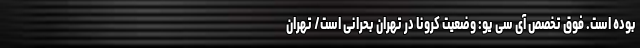
بوده است. فوق تخصص آی سی یو: وضعیت کرونا در تهران بحرانی است/ تهران